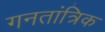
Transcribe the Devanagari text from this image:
गनतांत्रिक